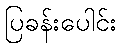
ပြခန်းပေါင်း